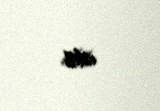
edib.